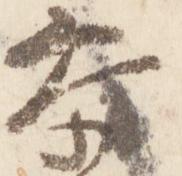
参